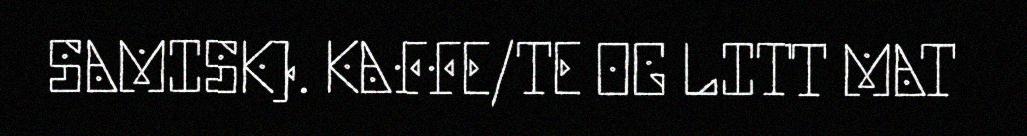
SAMISK). KAFFE/TE OG LITT MAT